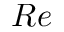
R e